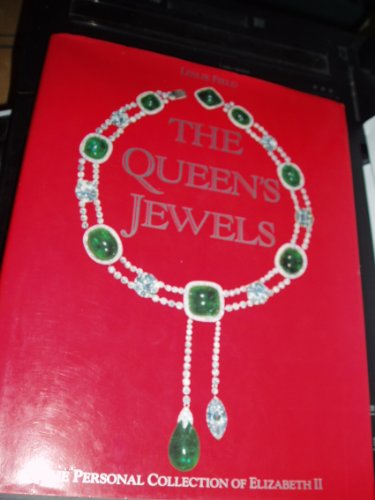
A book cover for The Queen's Jewels: The Personal Collection of Elizabeth II; Leslie Field; Crafts, Hobbies & Home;